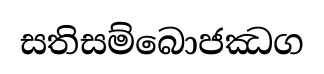
සතිසම්බොජඣග